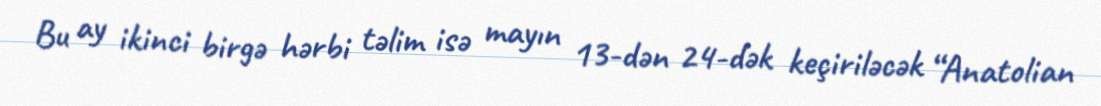
Bu ay ikinci birgə hərbi təlim isə mayın 13-dən 24-dək keçiriləcək “Anatolian